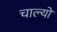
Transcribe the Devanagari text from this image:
चाल्‍यो